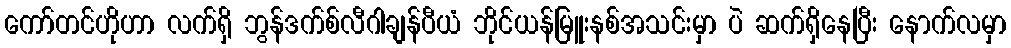
ကော်တင်ဟိုဟာ လက်ရှိ ဘွန်ဒက်စ်လီဂါချန်ပီယံ ဘိုင်ယန်မြူးနစ်အသင်းမှာ ပဲ ဆက်ရှိနေပြီး နောက်လမှာ